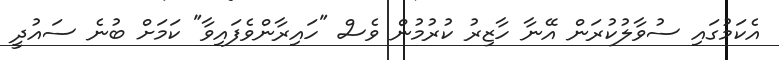
އެކަމުގައި ސުވާލުކުރަން އޭނާ ހާޒިރު ކުރުމުން ވެސް "ހައިރާންވެފައިވާ" ކަމަށް ބުނެ ސައުދީ